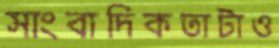
সাংবাদিকতাটাও